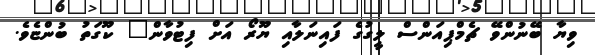
ވިޔާ ބޭނުންވޭ ޗެމްޕިއަންސް ލީގުގެ ފައިނަލާއި ޔޫރޯ އަށް ފިޓުވާން" ކޫގަތު ބުންޏެވެ.